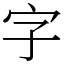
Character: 字